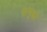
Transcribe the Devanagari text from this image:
मांचुको